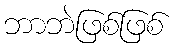
ဘာဘဲဖြစ်ဖြစ်